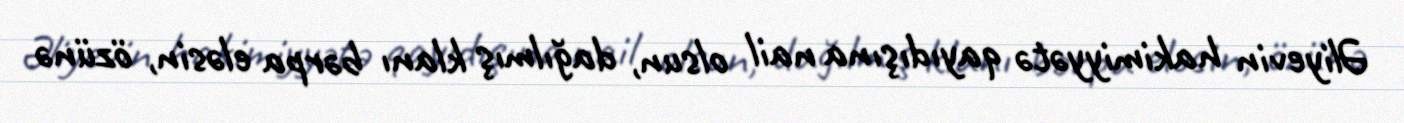
Əliyevin hakimiyyətə qayıdışına nail olsun, dağılmış klanı bərpa eləsin, özünə